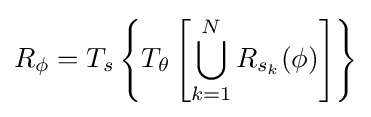
R_{\phi }=T_{s}\left\{T_{\theta }\left[\bigcup _{k=1}^{N}R_{s_{k}}(\phi )\right]\right\}